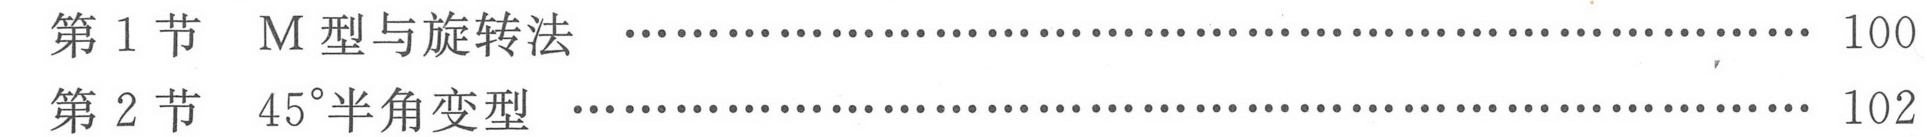
第1节  M型与旋转法  ………………………………………………… 100
第2节  $45^{\circ}$半角变型  ………………………………………………… 102